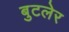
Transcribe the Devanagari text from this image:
बुटलेर